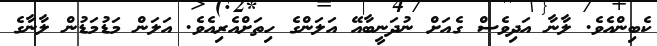
ކެބިންއެވެ. ލާނާ އަދިވެސް ގެއަށް ނުދަނީބާއޭ އަލަންގެ ހިތަށްއެރިއެވެ. އަލަން މަޑުމަޑުން ލާނާގެ